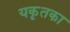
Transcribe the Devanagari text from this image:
यकृतका